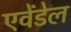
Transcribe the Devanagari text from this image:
एवेंडेल